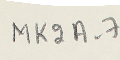
MK2A-7